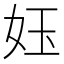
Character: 𡛼